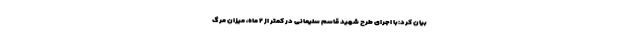
بیان کرد:با اجرای طرح شهید قاسم سلیمانی در کمتر از ۲ ماه، میزان مرگ